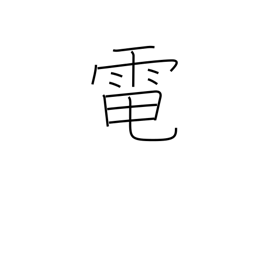
Meaning: electricity